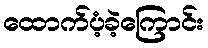
ထောက်ပံ့ခဲ့ကြောင်း